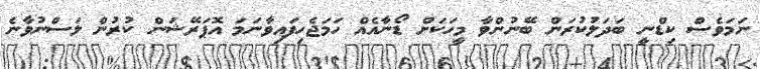
ނަމަވެސް ކިޑްނީ ބަދަލުކުރަން ބޭނުންވާ މީހަކަށް ޑޯނާއެއް ހަމަޖެހިފައިވާނަމަ އޮޕަރޭޝަން ކުރުން ލަސްނުވާނެ